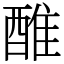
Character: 醀